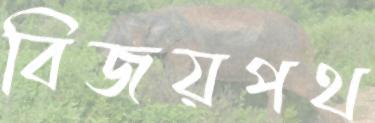
বিজয়পথ